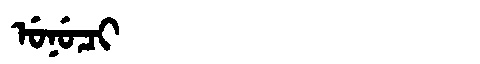
Manchu: ᡠᠨᡠᠴᡳ
Romanization: UNUCI